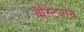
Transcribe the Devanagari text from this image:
बेस्टिआस